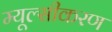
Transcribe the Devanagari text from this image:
म्यूल्सीकरण